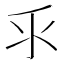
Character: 𰛆